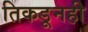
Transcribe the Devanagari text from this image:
तिकडूनही